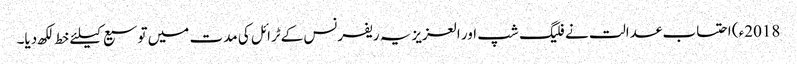
2018ء) احتساب عدالت نے فلیگ شپ اور العزیزیہ ریفرنس کےٹرائل کی مدت میں توسیع کیلئے خط لکھ دیا۔